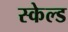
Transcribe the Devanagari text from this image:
स्केल्ड